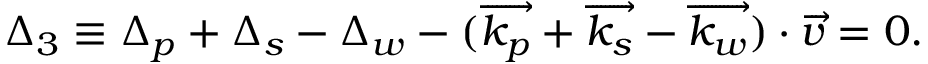
\Delta _ { 3 } \equiv \Delta _ { p } + \Delta _ { s } - \Delta _ { w } - ( \overrightarrow { k _ { p } } + \overrightarrow { k _ { s } } - \overrightarrow { k _ { w } } ) \cdot \overrightarrow { v } = 0 .